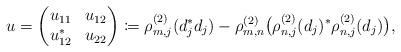
LaTeX: \begin{align*} u=\begin{pmatrix} u_{11} & u_{12}\\ u_{12}^* & u_{22}\end{pmatrix}\coloneqq \rho_{m,j}^{(2)}(d_j^*d_j)-\rho_{m,n}^{(2)}\big(\rho_{n,j}^{(2)}(d_j)^*\rho_{n,j}^{(2)}(d_j)\big), \end{align*}